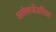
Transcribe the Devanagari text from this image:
अलेक्जेंडरिया